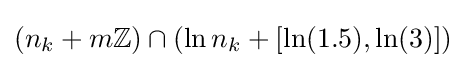
(n_{k}+m\mathbb {Z} )\cap (\ln n_{k}+[\ln(1.5),\ln(3)])